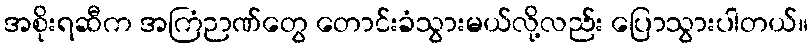
အစိုးရဆီက အကြံဉာဏ်တွေ တောင်းခံသွားမယ်လို့လည်း ပြောသွားပါတယ်။